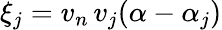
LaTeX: \xi_{j}=v_{n}\, v_{j}(\alpha-\alpha_{j})